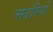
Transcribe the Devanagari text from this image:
संदरियों